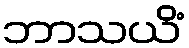
ဘာသယိံ